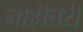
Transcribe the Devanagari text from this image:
नाहीतरी